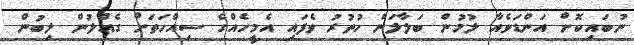
ނުބައިކޮށް އަންޑަވެއާ ލުމުން ބަލާލަން ހުތުރު ވެފައި އެމީހެއްގެ ސިއްހަތަށް ގެއްލުން ލިބުން